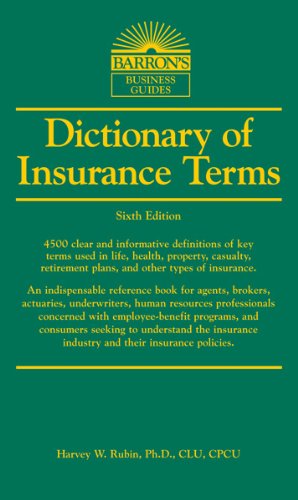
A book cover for Dictionary of Insurance Terms (Barron's Business Dictionaries); Harvey W. Rubin Ph.D.; Business & Money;